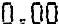
0.00